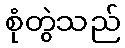
စုံတွဲသည်